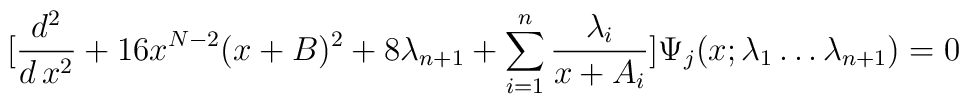
\big[{d^2\over d\,x^2}+16x^{N-2}(x+B)^2+8\lambda_{n+1} + \sum_{i=1}^{n}{\lambda_i\over x+A_i}\big]\Psi_j(x;\lambda_1\ldots\lambda_{n+1}) = 0